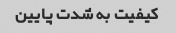
کیفیت به شدت پایین